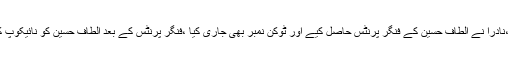
4اپریل کو درخواست دی ،نادرا نے الطاف حسین کے فنگر پرنٹس حاصل کیے اور ٹوکن نمبر بھی جاری کیا ،فنگر پرنٹس کے بعد الطاف حسین کو نائیکوپ کی رسید جاری کی گئی ۔